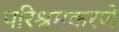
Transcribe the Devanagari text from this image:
परिश्रमकरणे